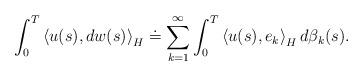
LaTeX: \begin{align*}\int_{0}^{T}\left\langle u(s),dw(s)\right\rangle _{H}\doteq\sum_{k=1}^{\infty }\int_{0}^{T}\left\langle u(s),e_{k}\right\rangle_{H}d\beta _{k}(s). \end{align*}